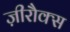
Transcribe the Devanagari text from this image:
ज़ीरौक्स